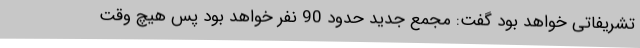
تشریفاتی خواهد بود گفت: مجمع جدید حدود 90 نفر خواهد بود پس هیچ وقت